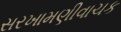
સરખામણીવાચક